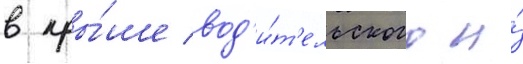
в кры́ше вод'и́т'ельского и́